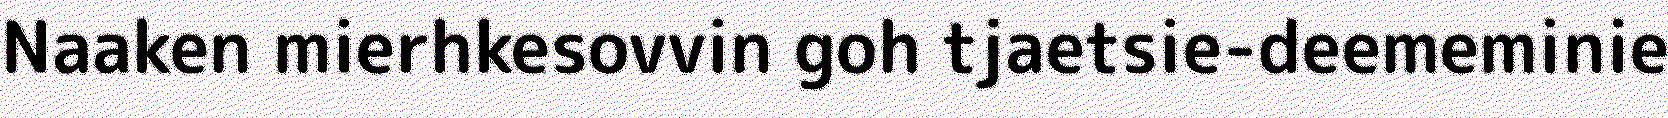
Naaken mierhkesovvin goh tjaetsie-deememinie